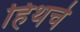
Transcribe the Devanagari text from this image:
हिथचे